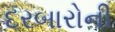
દરબારોની